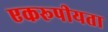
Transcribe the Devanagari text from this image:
एकरूपीयता